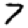
Digit: 7